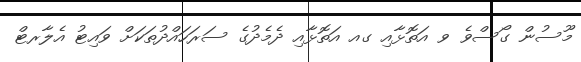
މޫސުން ގޯސްވެ ވ އަތޮޅާއި ގއ އަތޮޅާއި ދެމެދުގެ ސަރަހައްދުތަކަށް ވައިޓު އެލާރޓް